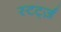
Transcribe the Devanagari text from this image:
स्टर्ट्ज़